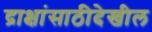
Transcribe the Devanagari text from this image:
द्राक्षांसाठीदेखील